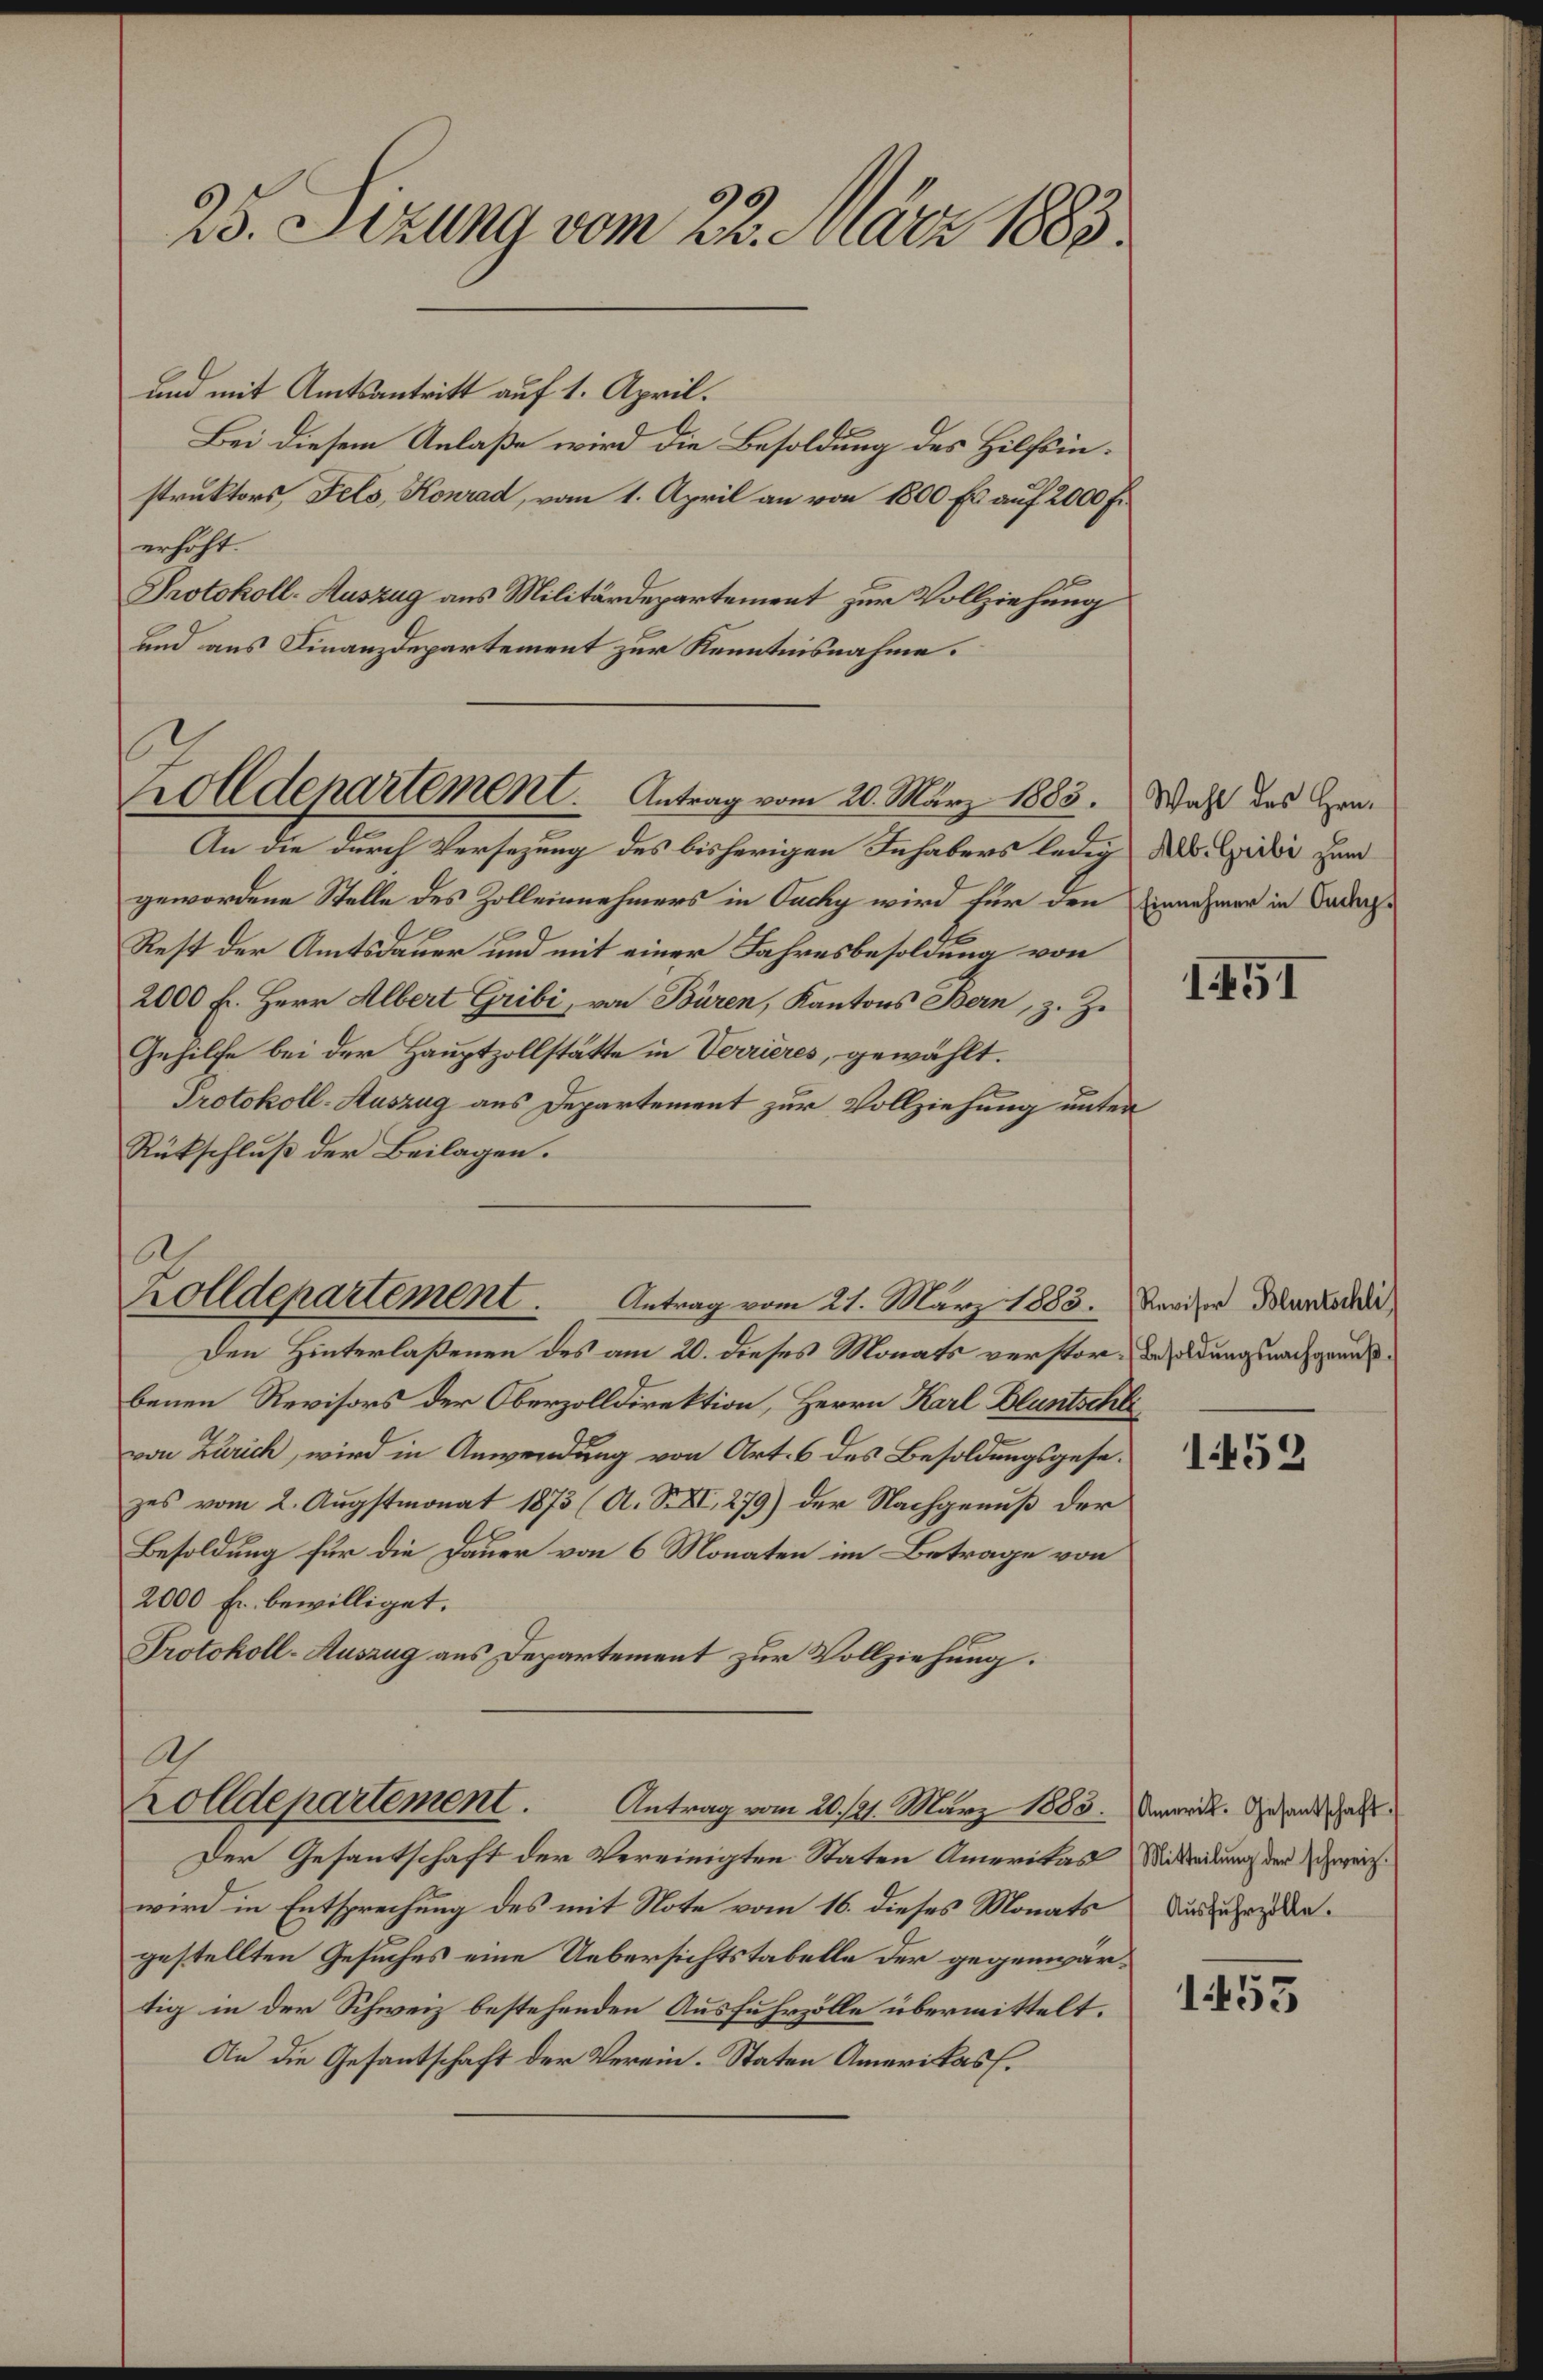
25. Sizung vom 22. März 1883.
und mit Amtsantritt auf 1. April.
Bei diesem Anlaße wird die Besoldung des Hilfsin¬
struktors, Fels, Konrad, vom 1. April an von 1800 fr. auf 2000 fr.
erhöht.
Protokoll-Auszug ans Militärdepartement zur Vollziehung
und ans Finanzdepartement zur Kenntnisnahme.
Wahl des Hrn.
Alb. Gribi zum
Einnehmer in Ouchy.
1451
Zolldepartement. Antrag vom 20. März 1883.
An die durch Versezung des bisherigen Inhabers ledig
gewordene Stelle des Zolleinnehmers in Ouchy wird für den
Rest der Amtsdauer und mit einer Jahresbesoldung von
2000 fr. Herr Albert Gribi, von Büren, Kantons Bern, z. Z.
Gehilfe bei der Hauptzollstätte in Verrières, gewählt.
Protokoll-Auszug ans Departement zur Vollziehung unter
Rükschluß der Beilagen.
Revisor Bluntschli,
Besoldungsnachgenuß.
1452
Zolldepartement. Antrag vom 21. März 1883.
Den Hinterlaßenen des am 20. dieses Monats verstor¬
benen Revisors der Oberzolldirektion, Herrn Karl Bluntschli,
von Zürich, wird in Anwendung von Art. 6 des Besoldungsgese¬
zes vom 2. Augstmonat 1873 (A. S. XI, 279) der Nachgenuß der
Besoldung für die Dauer von 6 Monaten im Betrage von
2000 fr. bewilliget.
Protokoll-Auszug ans Departement zur Vollziehung.
Amerik. Gesantschaft.
Mitteilung der schweiz.
Ausfuhrzölle.
1453
Zolldepartement. Antrag vom 20./21. März 1883.
Der Gesantschaft der Vereinigten Staten Amerikas
wird in Entsprechung des mit Note vom 16. dieses Monats
gestellten Gesuches eine Uebersichtstabelle der gegenwär¬
tig in der Schweiz bestehenden Ausfuhrzölle übermittelt.
An die Gesantschaft der Verein. Staten Amerikas.